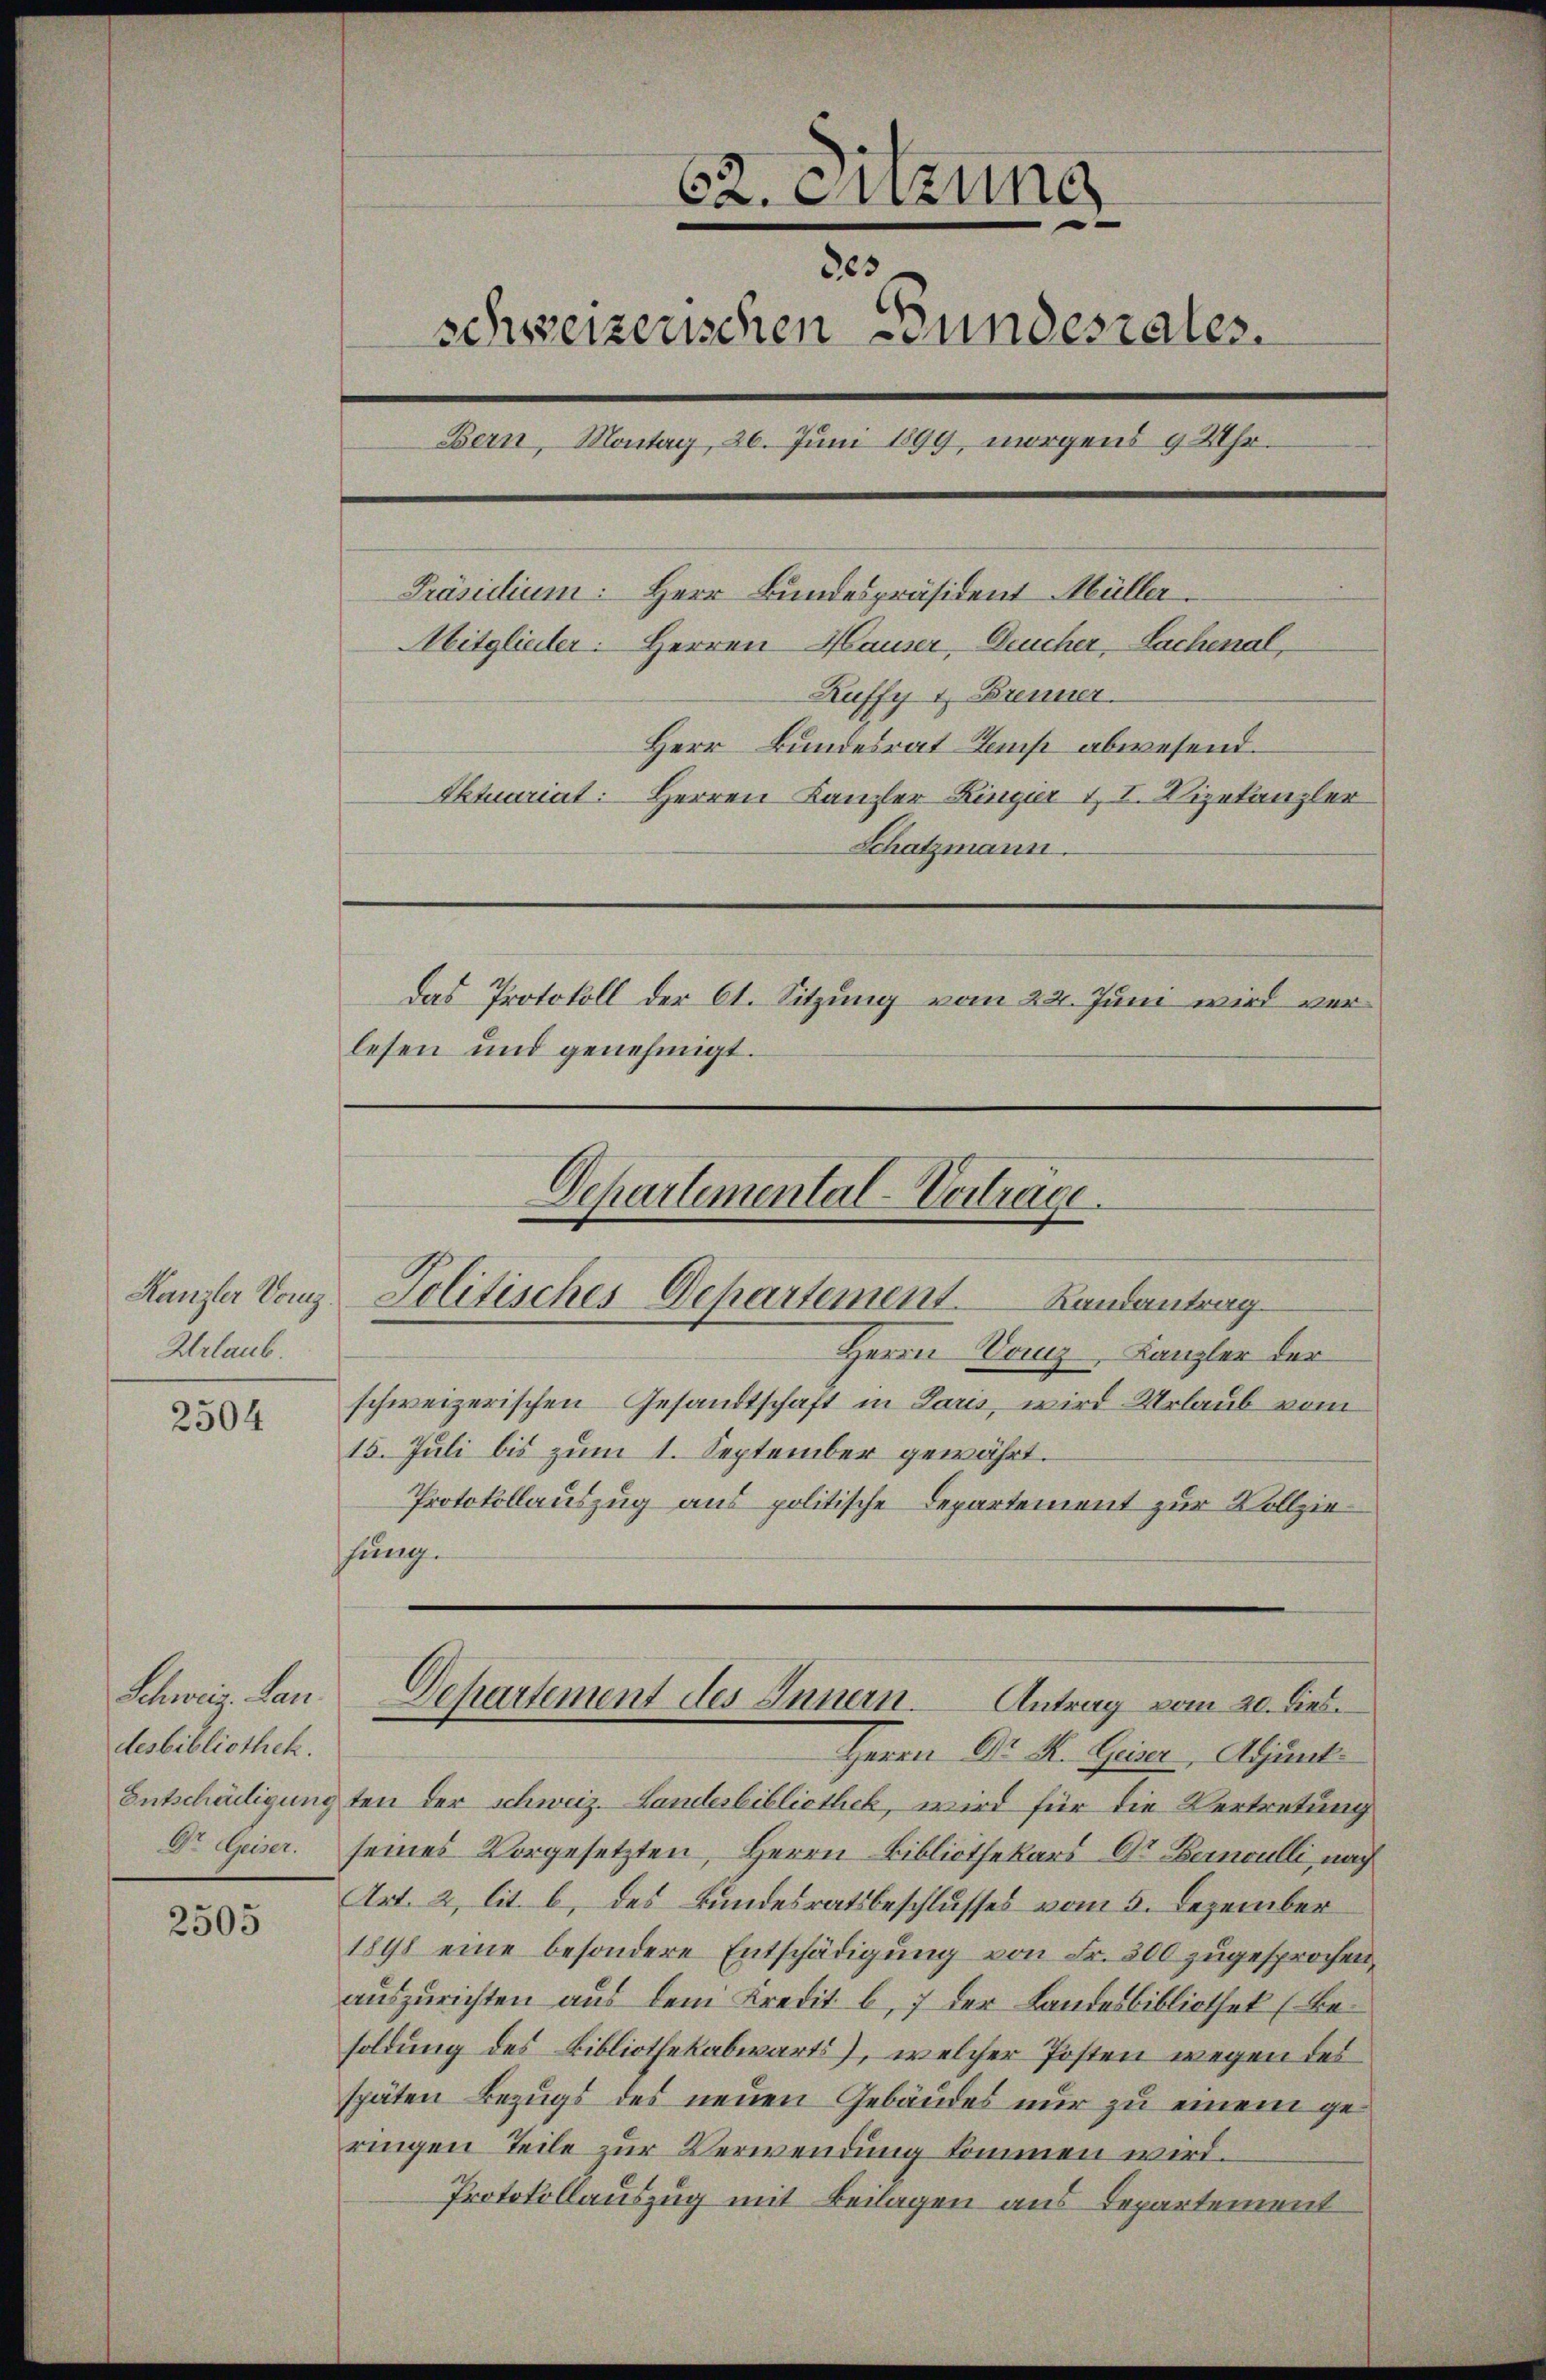
Kanzler Vorz
Urlaub.

2504

Schweiz. Lan
desbibliothek.

2505

62. Anzune
303
schweizerischen Bundesrates.
Bern, Montag, 26. Juni 1899, morgens 9 Uhr.
Präsidium: Herr Bundespräsident Müller.
Mitglieder. Herren Hauser, Deucher, Sachenal,
Ruffy & Brenner
Herr Bundesrat Les abwesend.
Aktuariat: Herren Kanzler Ringier 1. I. Vizekanzler
Schatzmann.
Das Protokoll der C. Sitzung vom 22. Juni wird verlesen und genehmigt.

Departemental-Verträge.
Politisches Dehartement. Landantrag

Herrn Vanz, Kanzler der
schweizerischen Gesandtschaft in Paris, wird Urlaub vom
15. Juli bis zum 1. September gewährt.
Protokollauszug aus politische Departement zur Vollziefung.

Herrn Dr. K. Geiser, Adjunk
Entschädigung ten der Schweiz. Landesbibliothek, wird für die Vertretung
Dr Geiser. seines Vorgesetzten, Herrn Bibliothekars Dr. Bernoulli, nach
Art. 2, lit. b, des Bundesratsbeschlusses vom 5. Dezember
1898 eine besondere Entschädigung von Fr. 200 zugesprochen,
auszurichten aus dem Kredit b, 7 der Landesbibliothek (Besoldung des Bibliothekabwärts), welcher Posten wegen des
späten Bezugs des neuen Gebäudes nur zu einem geringen Teile zur Verwendung kommen wird.
Protokollauszug mit Beilagen aus Departement

Departement des Innern. Antrag vom 20. dies